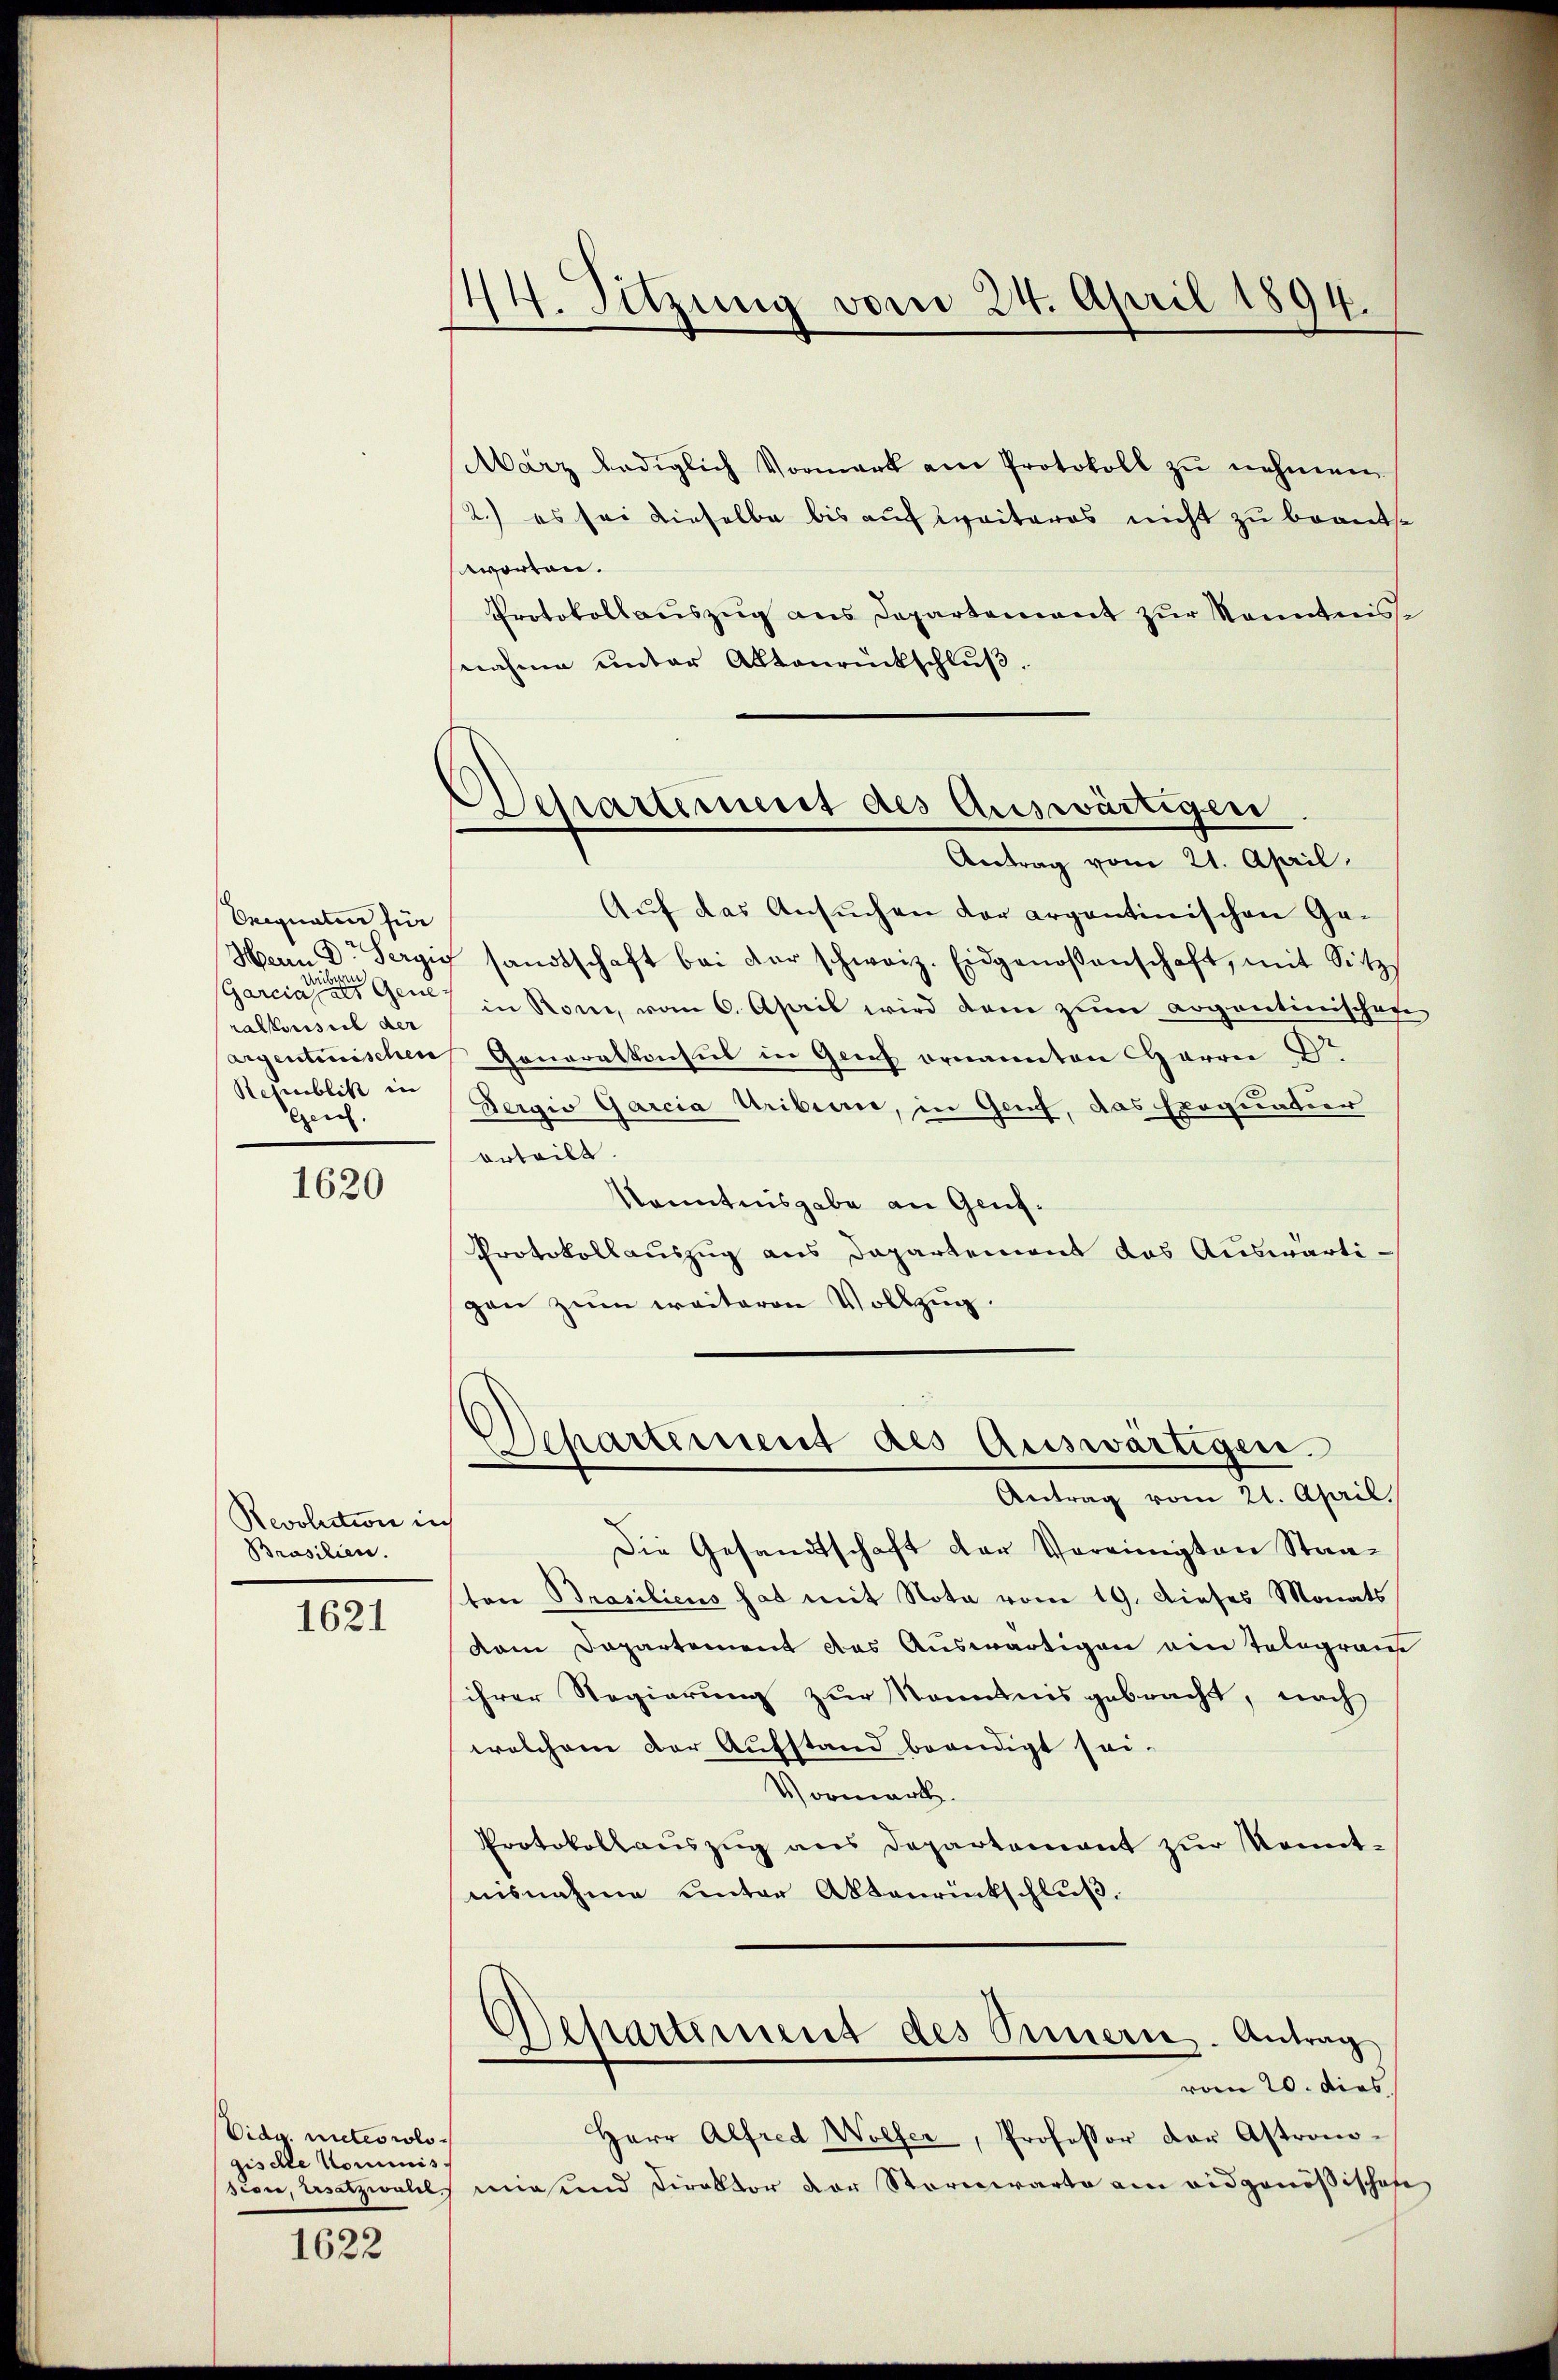
Signaten für
vidieren
(Garciale eine einer Generalkonseil der
Sehenblik in
Geich.

1620

Revolution in
Prasilien.

1621

Eidg. Meteorologische Kommis
sion, Ersatzwalde

1622

44. Sitzung vom 24. April 1894.

Departement des Auswärtigen
Antrag vom 21. April.

März lediglich Vormark am Protokoll zŭ nehmen.
2.) es sei dieselbe bis auf weiteres nicht zu beantsworten.
Protokollauszug aus Departement zur Kenntnisse
nahme unter Aktenrückschluß.
Auf das Ansuchen der argentinischen Ge¬
Herrn Dr. Sergig sandtschaft bei der schweiz. Eidgenossenschaft, mit Sitz
in Rom, vom 6. April wird dem zum aogontinischen
Cargentinischen Generalkonsul in Genf ornannten Harrer Dr
Sergio Garcia Uribieri, in Genf, das Exequatier
erteilt.
Kenntnisgabe an Genf.
Protokollauszug aus Dapartement das Auswärtigen zŭm weiteren Vollzug.

Separtiment des Auswärtigen.
Antrag vom 21. April.

Die Gesandtschaft der Vereinigten Staaton Brasiliens hat mit Nota vom 19. Dieses Monats
vem Departement das Auswärtigen ein Telegraus
ihrer Regierung zur Kenntnis gebracht, nach
welchem der Aufstand beendigt sei-
Vormerk.
Protokollauszug aus Departement zur Kenntnisnahme unter Abtaurückschluß.
Departement des Innerne. Antrag
vom 20. dies
Herr Alfred Wolfer, Professor der Astrono-
miesend Direktor der Stornwarte am eidgenößischofe